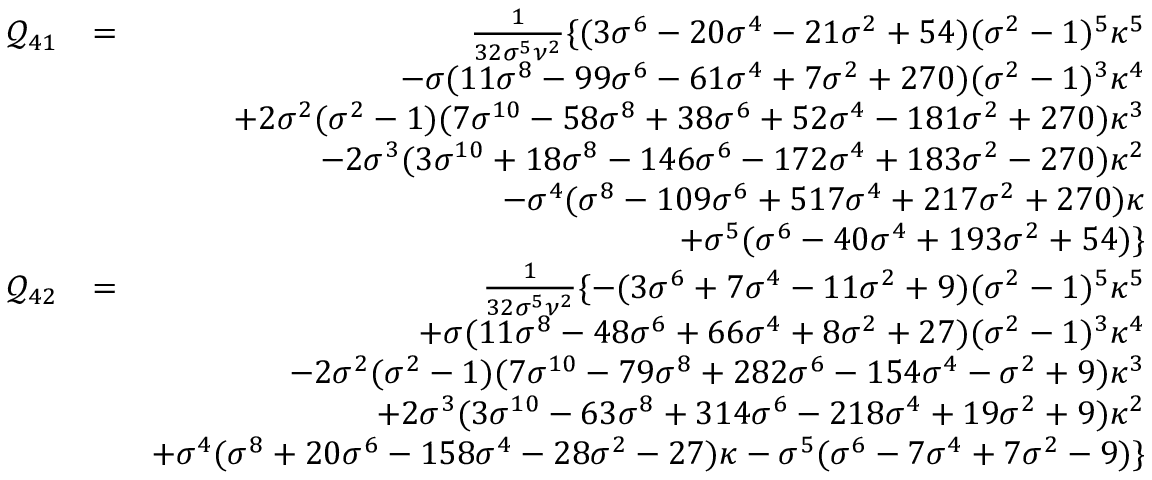
\begin{array} { r l r } { \mathcal { Q } _ { 4 1 } } & { = } & { \frac { 1 } { 3 2 \sigma ^ { 5 } \nu ^ { 2 } } \{ ( 3 \sigma ^ { 6 } - 2 0 \sigma ^ { 4 } - 2 1 \sigma ^ { 2 } + 5 4 ) ( \sigma ^ { 2 } - 1 ) ^ { 5 } \kappa ^ { 5 } } \\ & { } & { - \sigma ( 1 1 \sigma ^ { 8 } - 9 9 \sigma ^ { 6 } - 6 1 \sigma ^ { 4 } + 7 \sigma ^ { 2 } + 2 7 0 ) ( \sigma ^ { 2 } - 1 ) ^ { 3 } \kappa ^ { 4 } } \\ & { } & { + 2 \sigma ^ { 2 } ( \sigma ^ { 2 } - 1 ) ( 7 \sigma ^ { 1 0 } - 5 8 \sigma ^ { 8 } + 3 8 \sigma ^ { 6 } + 5 2 \sigma ^ { 4 } - 1 8 1 \sigma ^ { 2 } + 2 7 0 ) \kappa ^ { 3 } } \\ & { } & { - 2 \sigma ^ { 3 } ( 3 \sigma ^ { 1 0 } + 1 8 \sigma ^ { 8 } - 1 4 6 \sigma ^ { 6 } - 1 7 2 \sigma ^ { 4 } + 1 8 3 \sigma ^ { 2 } - 2 7 0 ) \kappa ^ { 2 } } \\ & { } & { - \sigma ^ { 4 } ( \sigma ^ { 8 } - 1 0 9 \sigma ^ { 6 } + 5 1 7 \sigma ^ { 4 } + 2 1 7 \sigma ^ { 2 } + 2 7 0 ) \kappa } \\ & { } & { + \sigma ^ { 5 } ( \sigma ^ { 6 } - 4 0 \sigma ^ { 4 } + 1 9 3 \sigma ^ { 2 } + 5 4 ) \} } \\ { \mathcal { Q } _ { 4 2 } } & { = } & { \frac { 1 } { 3 2 \sigma ^ { 5 } \nu ^ { 2 } } \{ - ( 3 \sigma ^ { 6 } + 7 \sigma ^ { 4 } - 1 1 \sigma ^ { 2 } + 9 ) ( \sigma ^ { 2 } - 1 ) ^ { 5 } \kappa ^ { 5 } } \\ & { } & { + \sigma ( 1 1 \sigma ^ { 8 } - 4 8 \sigma ^ { 6 } + 6 6 \sigma ^ { 4 } + 8 \sigma ^ { 2 } + 2 7 ) ( \sigma ^ { 2 } - 1 ) ^ { 3 } \kappa ^ { 4 } } \\ & { } & { - 2 \sigma ^ { 2 } ( \sigma ^ { 2 } - 1 ) ( 7 \sigma ^ { 1 0 } - 7 9 \sigma ^ { 8 } + 2 8 2 \sigma ^ { 6 } - 1 5 4 \sigma ^ { 4 } - \sigma ^ { 2 } + 9 ) \kappa ^ { 3 } } \\ & { } & { + 2 \sigma ^ { 3 } ( 3 \sigma ^ { 1 0 } - 6 3 \sigma ^ { 8 } + 3 1 4 \sigma ^ { 6 } - 2 1 8 \sigma ^ { 4 } + 1 9 \sigma ^ { 2 } + 9 ) \kappa ^ { 2 } } \\ & { } & { + \sigma ^ { 4 } ( \sigma ^ { 8 } + 2 0 \sigma ^ { 6 } - 1 5 8 \sigma ^ { 4 } - 2 8 \sigma ^ { 2 } - 2 7 ) \kappa - \sigma ^ { 5 } ( \sigma ^ { 6 } - 7 \sigma ^ { 4 } + 7 \sigma ^ { 2 } - 9 ) \} } \end{array}